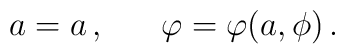
a = a\,, \ \ \ \ \ \varphi = \varphi(a, \phi)\,.